Source: Computer-generated
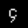
Digit: ၄ (4)